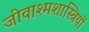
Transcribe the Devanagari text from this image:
जीवाश्मशास्त्रियों